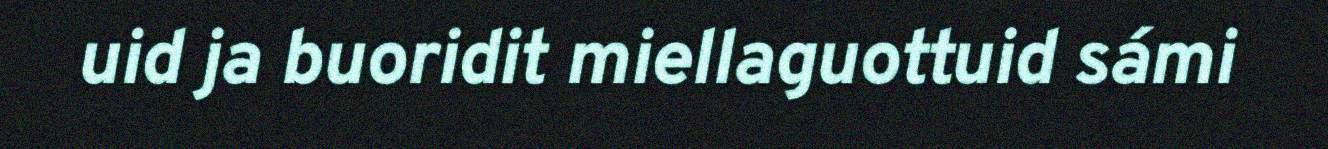
uid ja buoridit miellaguottuid sámi